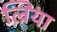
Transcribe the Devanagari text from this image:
ल्रिया